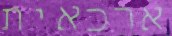
ארכאית